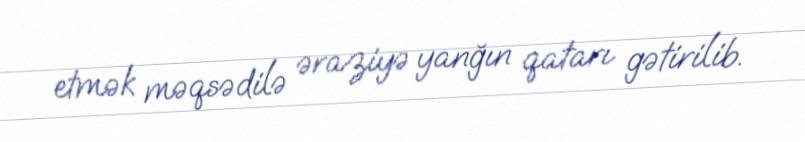
etmək məqsədilə əraziyə yanğın qatarı gətirilib.